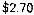
$2.70